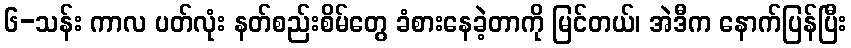
၆-သန်း ကာလ ပတ်လုံး နတ်စည်းစိမ်တွေ ခံစားနေခဲ့တာကို မြင်တယ်၊ အဲဒီက နောက်ပြန်ပြီး